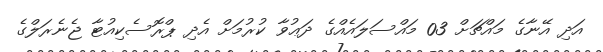
އަދި އޭނާގެ މައްޗަށް 03 މައްސަލައެއްގެ ދަޢުވާ ކުރުމަށް އެދި ޕްރޮސެކިއުޓާ ޖެނެރަލްގެ